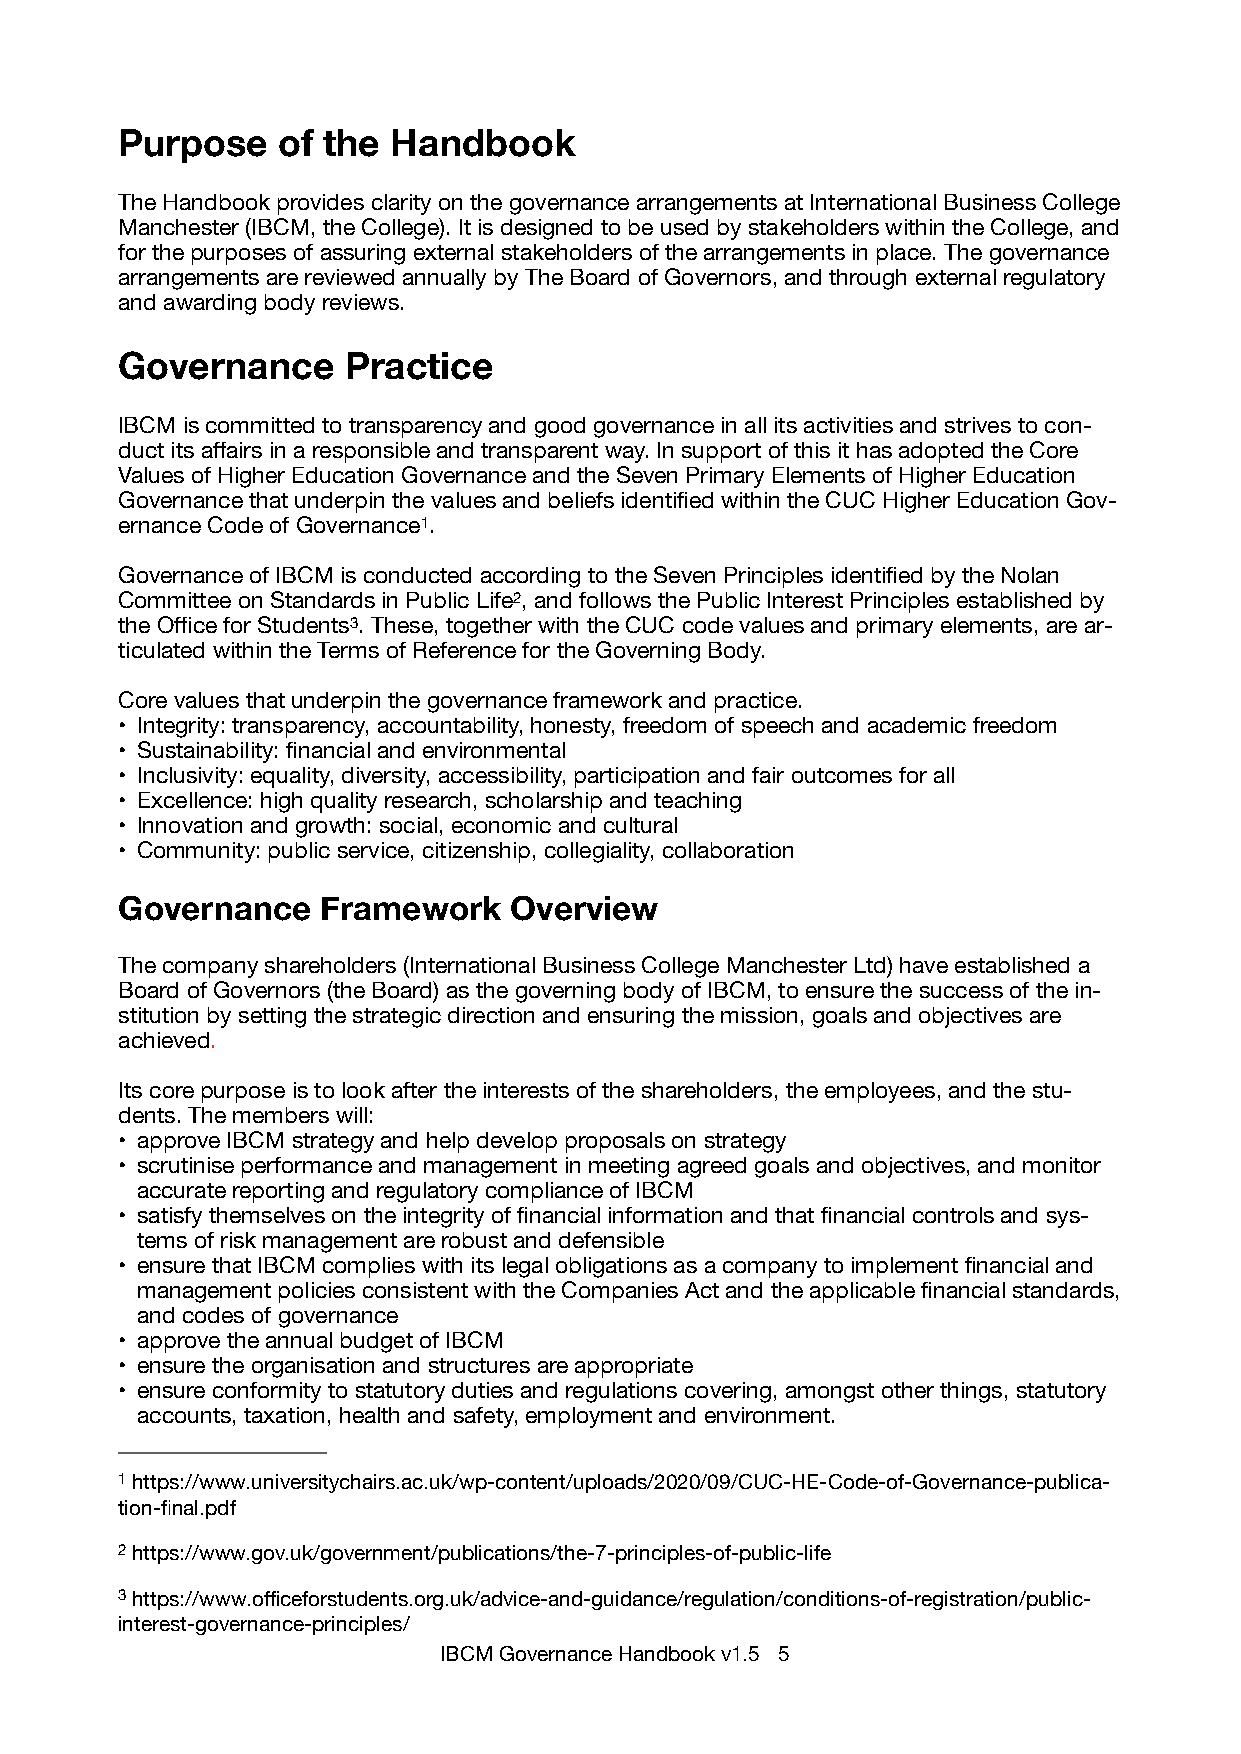
Purpose   of the  Handbook
 The Handbook provides clarity on the governance arrangements at International Business College
 Manchester (IBCM, the College). It is designed to be used by stakeholders within the College, and
 for the purposes of assuring external stakeholders of the arrangements in place. The governance
 arrangements are reviewed annually by The Board of Governors, and through external regulatory
 and awarding body reviews.
 Governance     Practice
 IBCM is committed to transparency and good governance in all its activities and strives to con-
 duct its affairs in a responsible and transparent way. In support of this it has adopted the Core
 Values of Higher Education Governance and the Seven Primary Elements of Higher Education
 Governance that underpin the values and beliefs identified within the CUC Higher Education Gov-
 ernance Code of Governance1.
 Governance of IBCM is conducted according to the Seven Principles identified by the Nolan
 Committee on Standards in Public Life2, and follows the Public Interest Principles established by
 the Office for Students3. These, together with the CUC code values and primary elements, are ar-
 ticulated within the Terms of Reference for the Governing Body.
 Core values that underpin the governance framework and practice.
 • Integrity: transparency, accountability, honesty, freedom of speech and academic freedom
 • Sustainability: financial and environmental
 • Inclusivity: equality, diversity, accessibility, participation and fair outcomes for all
 • Excellence: high quality research, scholarship and teaching
 • Innovation and growth: social, economic and cultural
 • Community: public service, citizenship, collegiality, collaboration
 Governance   Framework    Overview
 The company shareholders (International Business College Manchester Ltd) have established a
 Board of Governors (the Board) as the governing body of IBCM, to ensure the success of the in-
 stitution by setting the strategic direction and ensuring the mission, goals and objectives are
 achieved.
 Its core purpose is to look after the interests of the shareholders, the employees, and the stu-
 dents. The members will:
 • approve IBCM strategy and help develop proposals on strategy
 • scrutinise performance and management in meeting agreed goals and objectives, and monitor
 accurate reporting and regulatory compliance of IBCM
 • satisfy themselves on the integrity of financial information and that financial controls and sys-
 tems of risk management are robust and defensible
 • ensure that IBCM complies with its legal obligations as a company to implement financial and
 management policies consistent with the Companies Act and the applicable financial standards,
 and codes of governance
 • approve the annual budget of IBCM
 • ensure the organisation and structures are appropriate
 • ensure conformity to statutory duties and regulations covering, amongst other things, statutory
 accounts, taxation, health and safety, employment and environment.
 1 https://www.universitychairs.ac.uk/wp-content/uploads/2020/09/CUC-HE-Code-of-Governance-publica-
 tion-final.pdf
 2 https://www.gov.uk/government/publications/the-7-principles-of-public-life
 3 https://www.officeforstudents.org.uk/advice-and-guidance/regulation/conditions-of-registration/public-
 interest-governance-principles/
 IBCM Governance Handbook v1.5 5